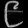
Digit: ၉